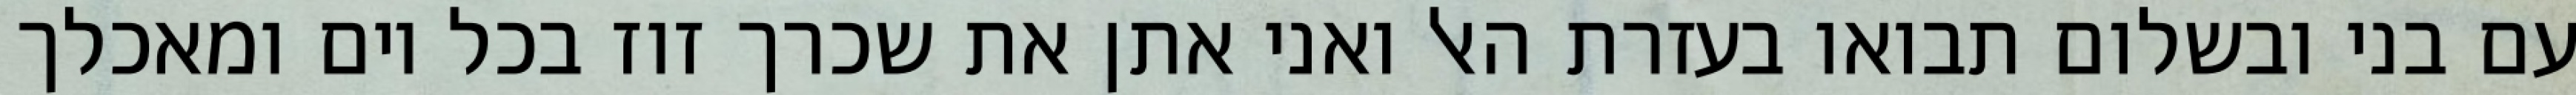
עם בני ובשלום תבואו בעזרת האל ואני אתן את שכרך זוז בכל יום ומאכלך